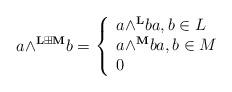
LaTeX: \begin{align*}a{\wedge}^{\mathbf{L}\boxplus\mathbf{M}}b=\left\{\begin{array}[c]{l}a{\wedge}^{\mathbf{L}}ba,b\in L\\a{\wedge}^{\mathbf{M}}ba,b\in M\\0\end{array}\right.\end{align*}